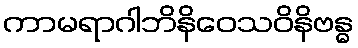
ကာမရာဂါဘိနိဝေသဝိနိဗန္ဓ